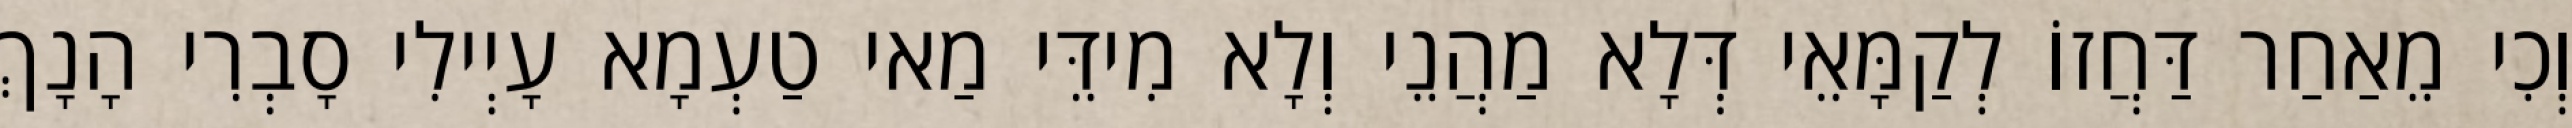
וְכִי מֵאַחַר דַּחֲזוֹ לְקַמָּאֵי דְּלָא מַהֲנֵי וְלָא מִידֵּי מַאי טַעְמָא עָיְילִי סָבְרִי הָנָךְ